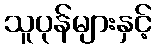
သူပုန်များနှင့်